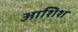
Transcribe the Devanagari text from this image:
आशिश